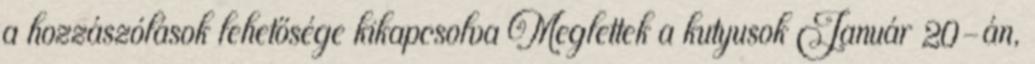
a hozzászólások lehetősége kikapcsolva Meglettek a kutyusok Január 20-án,